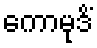
ကောမုဒိံ